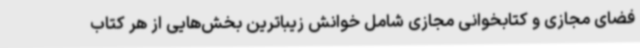
فضای مجازی و کتابخوانی مجازی شامل خوانش زیباترین بخش‌هایی از هر کتاب